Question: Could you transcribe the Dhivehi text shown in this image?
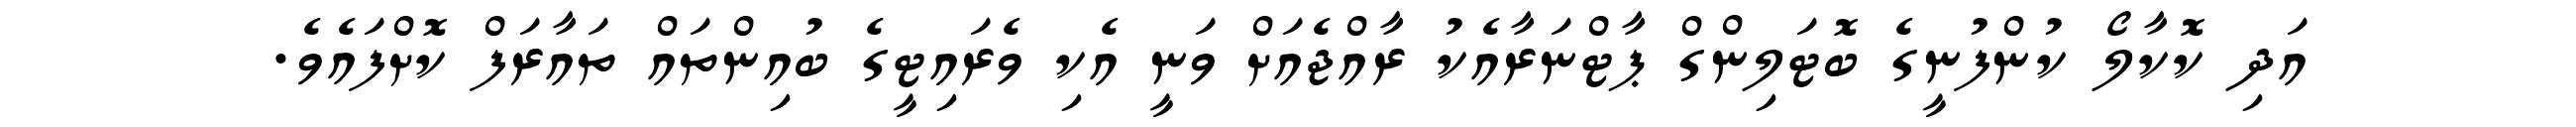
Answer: އަދި ކޮކާލޯ ކުންފުނީގެ ބޮޓަލިންގް ޕާޓްނަރާއެކު ރާއްޖެއަށް ވަނީ އެކި ވެރައިޓީގެ ބުއިންތައް ތައާރަފް ކޮށްފައެވެ.